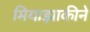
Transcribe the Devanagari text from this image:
मियाझाकीने